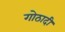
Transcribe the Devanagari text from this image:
गोठादी